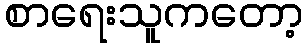
စာရေးသူကတော့